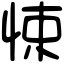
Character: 悚